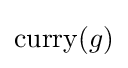
\operatorname {curry} (g)